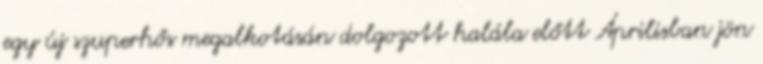
egy új szuperhős megalkotásán dolgozott halála előtt Áprilisban jön